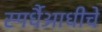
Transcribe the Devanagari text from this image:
स्पर्धैआधीचे